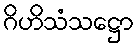
ဂိဟိသံသဋ္ဌော